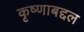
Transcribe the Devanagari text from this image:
कृष्णाबद्दल